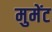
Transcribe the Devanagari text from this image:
मुमेंट